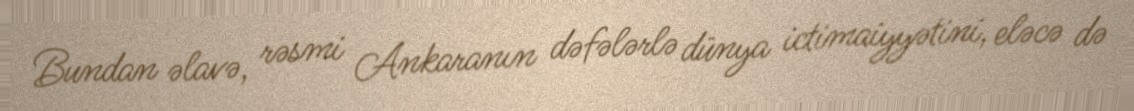
Bundan əlavə, rəsmi Ankaranın dəfələrlə dünya ictimaiyyətini, eləcə də